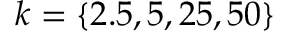
k = \{ 2 . 5 , 5 , 2 5 , 5 0 \}